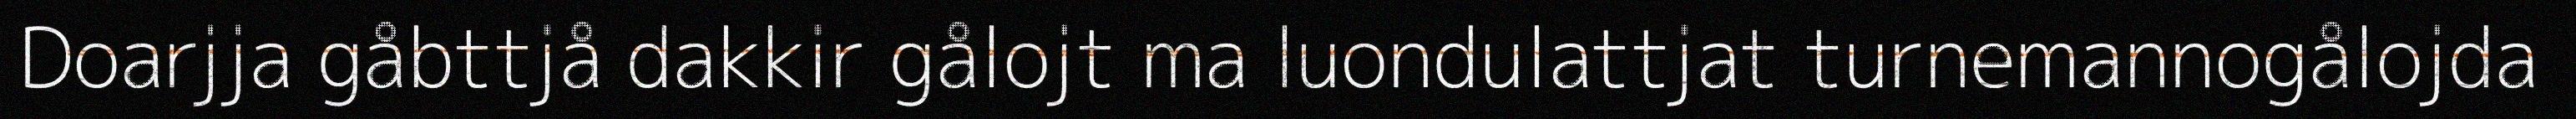
Doarjja gåbttjå dakkir gålojt ma luondulattjat turnemannogålojda